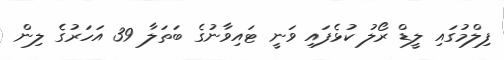
ފިލްމުގައި ލީޑް ރޯލު ކުޅެފައި ވަނީ ޓައިވާނުގެ ބަތަލާ 39 އަހަރުގެ ލިން